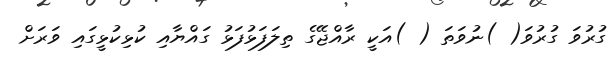
ގުރުވަ ގުރުވަ( )ނުވަތަ ( )އަކީ ރާއްޖޭގެ ތިލަފަޅުފަޅު ގައްޔާއި ކުޅިކުޅީގައި ވަރަށް